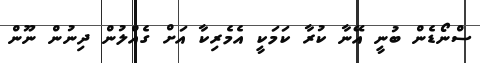
ސްނޯޑެން ބުނީ އޭނާ ކުރާ ކަމަކީ އެމެރިކާ އަށް ގެއްލުން ދިނުން ނޫން